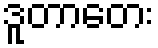
ဒူတာတေး